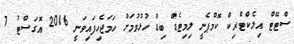
ސްޓޭޓް އިލެކްޓްރިކް ކޮމްޕެނީ ލިމިޓެޑް ބިޑް ހުޅުވުމަށް ހަމަޖެހިފައިވަނީ 2016 އޮގަސްޓު 7